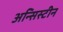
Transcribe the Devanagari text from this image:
अन्सिस्टीन